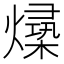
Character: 𪹻